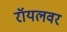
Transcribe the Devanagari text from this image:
रॉयलवर